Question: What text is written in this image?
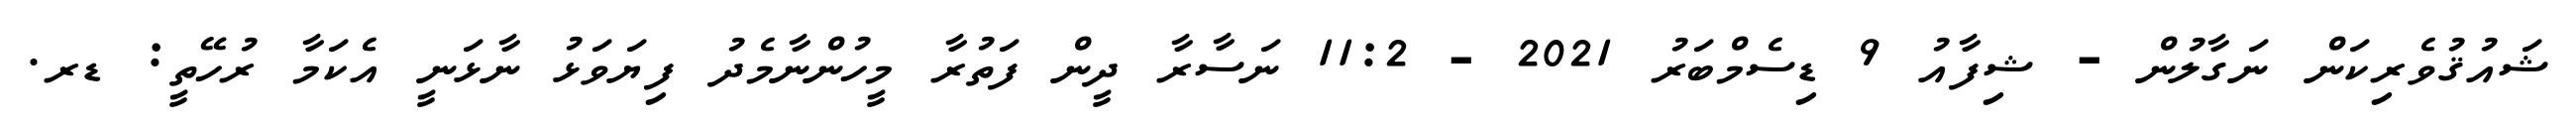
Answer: ޝައުޤުވެރިކަން ނަގާލުން - ޝިފާއު 9 ޑިސެމްބަރު 2021 - 11:2 ނަސާރާ ދީން ފަތުރާ މީހުންނާމެދު ފިޔަވަޅު ނާޅަނީ އެކަމާ ރުހޭތީ: ޑރ.